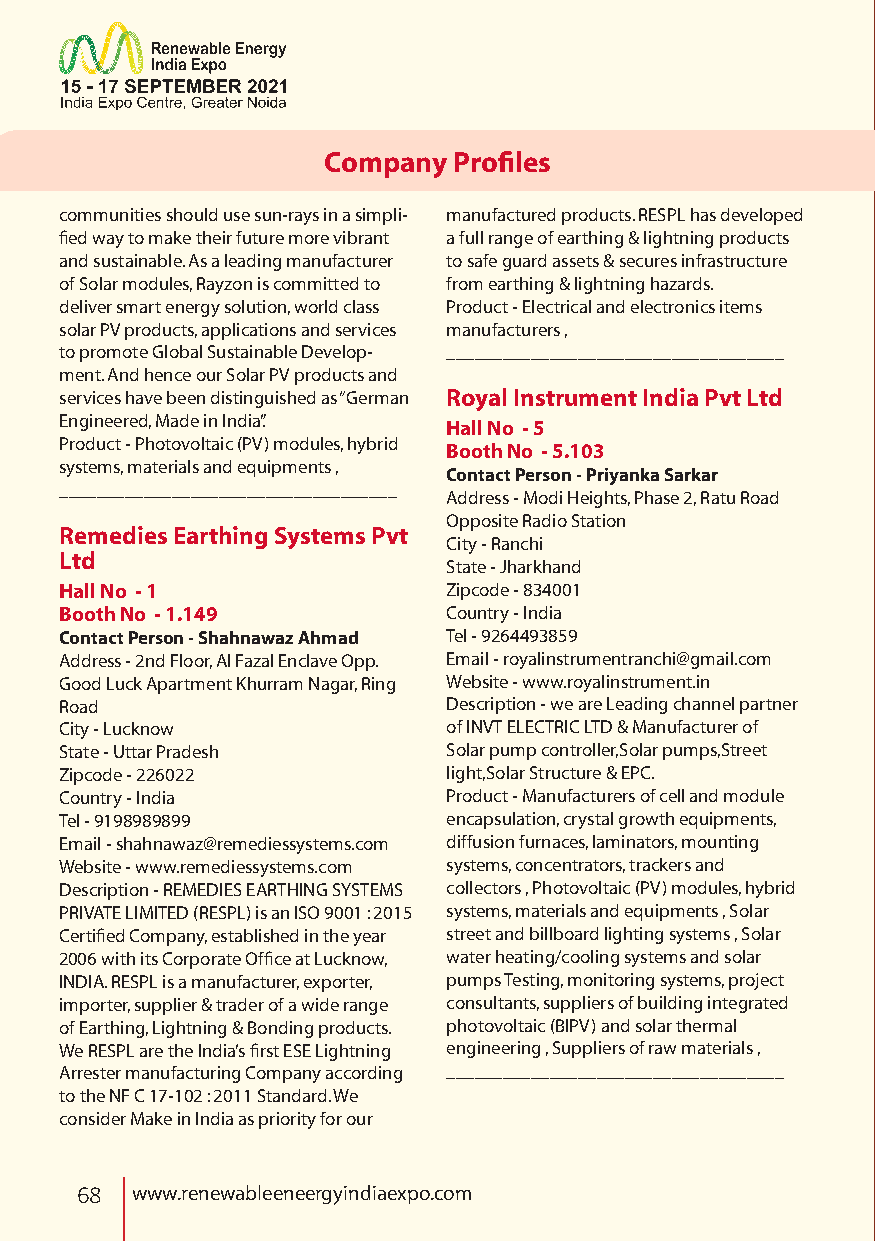
Company  Profiles
 communities should use sun-rays in a simpli- manufactured products. RESPL has developed
 fied way to make their future more vibrant a full range of earthing & lightning products
 and sustainable. As a leading manufacturer to safe guard assets & secures infrastructure
 of Solar modules, Rayzon is committed to from earthing & lightning hazards.
 deliver smart energy solution, world class Product - Electrical and electronics items
 solar PV products, applications and services manufacturers ,
 to promote Global Sustainable Develop- ____________________________________
 ment. And hence our Solar PV products and
 services have been distinguished as “German Royal Instrument India Pvt Ltd
 Engineered, Made in India”.
 Hall No - 5
 Product - Photovoltaic (PV) modules, hybrid
 Booth No - 5.103
 systems, materials and equipments ,
 Contact Person - Priyanka Sarkar
 ____________________________________
 Address - Modi Heights, Phase 2, Ratu Road
 Opposite Radio Station
 Remedies Earthing Systems Pvt
 City - Ranchi
 Ltd
 State - Jharkhand
 Hall No - 1               Zipcode - 834001
 Booth No - 1.149          Country - India
 Contact Person - Shahnawaz Ahmad Tel - 9264493859
 Address - 2nd Floor, Al Fazal Enclave Opp. Email - royalinstrumentranchi@gmail.com
 Good Luck Apartment Khurram Nagar, Ring Website - www.royalinstrument.in
 Road                      Description - we are Leading channel partner
 City - Lucknow            of INVT ELECTRIC LTD & Manufacturer of
 State - Uttar Pradesh     Solar pump controller,Solar pumps,Street
 Zipcode - 226022          light,Solar Structure & EPC.
 Country - India           Product - Manufacturers of cell and module
 Tel - 9198989899          encapsulation, crystal growth equipments,
 Email - shahnawaz@remediessystems.com diffusion furnaces, laminators, mounting
 Website - www.remediessystems.com systems, concentrators, trackers and
 Description - REMEDIES EARTHING SYSTEMS collectors , Photovoltaic (PV) modules, hybrid
 PRIVATE LIMITED (RESPL) is an ISO 9001 : 2015 systems, materials and equipments , Solar
 Certified Company, established in the year street and billboard lighting systems , Solar
 2006 with its Corporate Office at Lucknow, water heating/cooling systems and solar
 INDIA. RESPL is a manufacturer, exporter, pumps Testing, monitoring systems, project
 importer, supplier & trader of a wide range consultants, suppliers of building integrated
 of Earthing, Lightning & Bonding products. photovoltaic (BIPV) and solar thermal
 We RESPL are the India’s first ESE Lightning engineering , Suppliers of raw materials ,
 Arrester manufacturing Company according ____________________________________
 to the NF C 17-102 : 2011 Standard. We
 consider Make in India as priority for our
 68  www.renewableeneergyindiaexpo.com